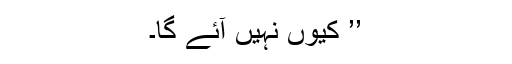
’’ کیوں نہیں آئے گا۔